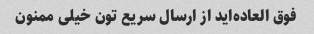
فوق العاده‌اید از ارسال سریع تون خیلی ممنون